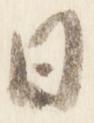
日